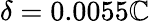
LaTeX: \delta=0.0055\mathbb{C}